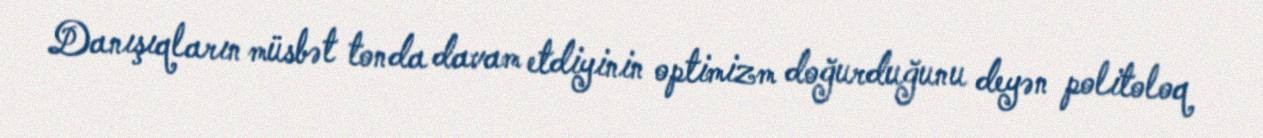
Danışıqların müsbət tonda davam etdiyinin optimizm doğurduğunu deyən politoloq